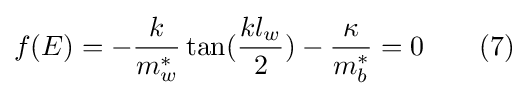
f(E)=-{\frac {k}{m_{w}^{*}}}\tan({\frac {kl_{w}}{2}})-{\frac {\kappa }{m_{b}^{*}}}=0\quad \quad (7)